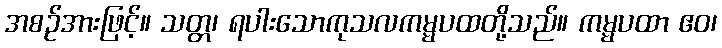
အစဉ်အားဖြင့်။ သတ္တ၊ ရပါးသောကုသလကမ္မပထတို့သည်။ ကမ္မပထာ ဧဝ၊